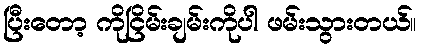
ပြီးတော့ ကိုငြိမ်းချမ်းကိုပါ ဖမ်းသွားတယ်။